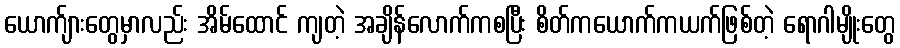
ယောက်ျားတွေမှာလည်း အိမ်ထောင် ကျတဲ့ အချိန်လောက်ကစပြီး စိတ်ကယောက်ကယက်ဖြစ်တဲ့ ရောဂါမျိုးတွေ